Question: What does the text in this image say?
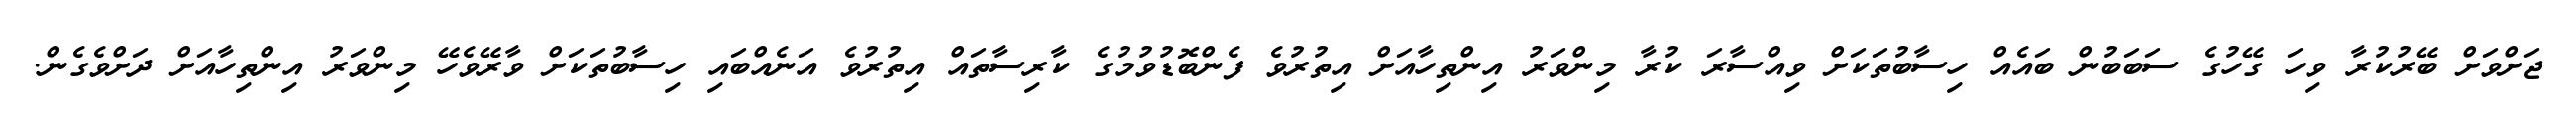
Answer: ޖަށްވަށް ބޭރުކުރާ ވިހަ ގޭހުގެ ސަބަބުން ބައެއް ހިސާބުތަކަށް ވިއްސާރަ ކުރާ މިންވަރު އިންތިހާއަށް އިތުރުވެ ފެންބޮޑުވުމުގެ ކާރިސާތައް އިތުރުވެ އަނެއްބައި ހިސާބުތަކަށް ވާރޭވެހޭ މިންވަރު އިންތިހާއަށް ދަށްވެގެން.